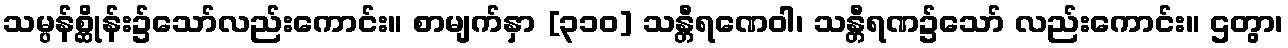
သမ္ပန်စ္ဆိုန်း၌သော်လည်းကောင်း။ စာမျက်နှာ [၃၁၀] သန္တီရဏေဝါ၊ သန္တီရဏ၌သော် လည်းကောင်း။ ဌတွာ၊